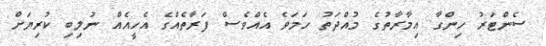
ސެންޓަރު ހިންގާ އިމާރާތުގެ މުއްދަތު ހަމަވެ އެއްވެސް ފަރާތެއްގެ އެހީއެއް ނުލިބި ކުރިޔަށް